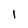
Character: 1